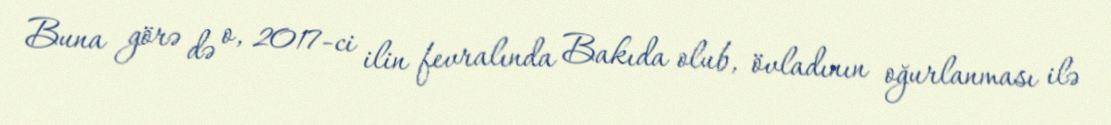
Buna görə də o, 2017-ci ilin fevralında Bakıda olub, övladının oğurlanması ilə